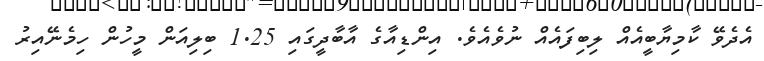
އެދެވޭ ކާމިޔާބީއެއް ލިބިފައެއް ނުވެއެވެ. އިންޑިއާގެ އާބާދީގައި 1.25 ބިލިއަން މީހުން ހިމެނޭއިރު